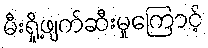
မီးရှို့ဖျက်ဆီးမှုကြောင့်